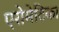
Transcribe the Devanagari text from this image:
एरोमेटिका